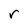
Character: r